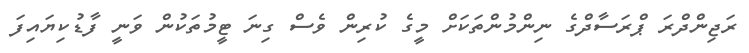
ރަޖިންދްރަ ޕްރަސާދްގެ ނިންމުންތަކަށް މީގެ ކުރިން ވެސް ގިނަ ޓީމުތަކުން ވަނީ ފާޑުކިޔައިފަ